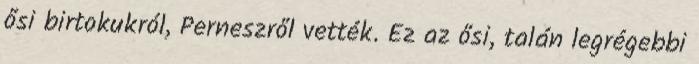
ősi birtokukról, Perneszről vették. Ez az ősi, talán legrégebbi